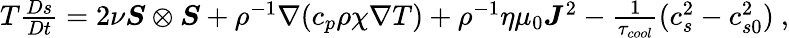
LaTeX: \begin{array}{r}{T\frac{Ds}{Dt}=2\nu\boldsymbol{S}\otimes\boldsymbol{S}+\rho^{-1}\nabla(c_{p}\rho\chi\nabla T)+\rho^{-1}\eta\mu_{0}\boldsymbol{J}^{2}-\frac{1}{\tau_{cool}}(c_{s}^{2}-c_{s0}^{2})~,}\end{array}